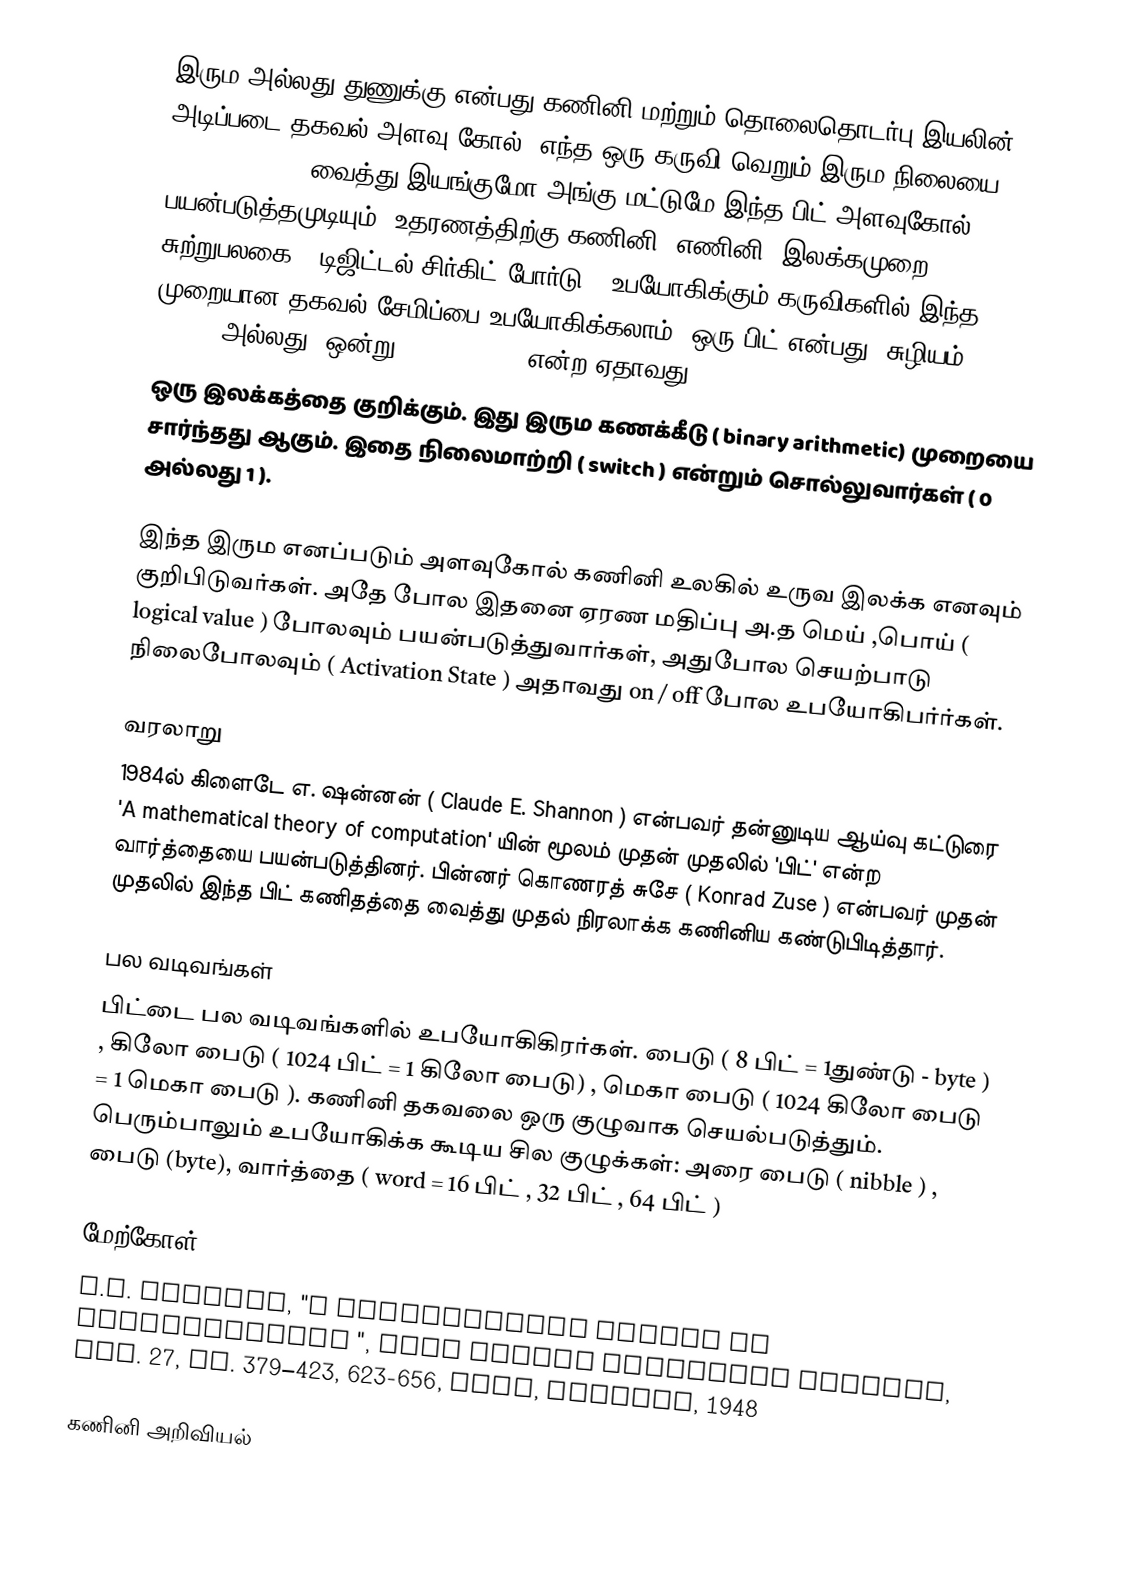
இரும அல்லது துணுக்கு என்பது கணினி மற்றும் தொலைதொடர்பு  இயலின் அடிப்படை தகவல் அளவு கோல். எந்த ஒரு கருவி வெறும் இரும நிலையை (binary state) வைத்து இயங்குமோ அங்கு மட்டுமே இந்த பிட் அளவுகோல் பயன்படுத்தமுடியும். உதரணத்திற்கு கணினி, எணினி, இலக்கமுறை சுற்றுபலகை ( டிஜிட்டல் சிர்கிட் போர்டு ) உபயோகிக்கும் கருவிகளில் இந்த முறையான தகவல் சேமிப்பை உபயோகிக்கலாம். ஒரு பிட் என்பது  'சுழியம்' ( 0 - zero ) அல்லது 'ஒன்று' ( 1 - one ) என்ற ஏதாவது
ஒரு இலக்கத்தை குறிக்கும். இது இரும கணக்கீடு ( binary arithmetic) முறையை சார்ந்தது ஆகும். இதை நிலைமாற்றி ( switch )  என்றும் சொல்லுவார்கள் ( 0 அல்லது 1 ).

இந்த இரும எனப்படும் அளவுகோல் கணினி உலகில் உருவ இலக்க எனவும் குறிபிடுவர்கள். அதே போல இதனை ஏரண மதிப்பு  அ.த மெய் ,பொய்  ( logical value )  போலவும்  பயன்படுத்துவார்கள், அதுபோல செயற்பாடு நிலைபோலவும் ( Activation State ) அதாவது  on / off  போல உபயோகிபர்ர்கள்.

வரலாறு
1984ல் கிளைடே எ. ஷன்னன் ( Claude E. Shannon  ) என்பவர் தன்னுடிய ஆய்வு கட்டுரை 'A mathematical theory of computation' யின் மூலம் முதன் முதலில் 'பிட்' என்ற வார்த்தையை  பயன்படுத்தினர். பின்னர் கொணரத் சுசே ( Konrad Zuse ) என்பவர் முதன் முதலில் இந்த பிட் கணிதத்தை வைத்து முதல் நிரலாக்க கணினிய கண்டுபிடித்தார்.

பல வடிவங்கள்
பிட்டை பல வடிவங்களில் உபயோகிகிரர்கள். பைடு  ( 8 பிட் = 1துண்டு - byte  ) , கிலோ பைடு ( 1024 பிட் = 1 கிலோ பைடு) , மெகா பைடு ( 1024 கிலோ பைடு  = 1 மெகா பைடு ). கணினி தகவலை ஒரு குழுவாக செயல்படுத்தும்.  பெரும்பாலும் உபயோகிக்க கூடிய சில குழுக்கள்: அரை பைடு ( nibble ) , பைடு (byte),   வார்த்தை ( word = 16 பிட் , 32 பிட் , 64 பிட்  )

மேற்கோள்
 C.E. Shannon, "A Mathematical Theory of Communication ", Bell System Technical Journal, vol. 27, pp. 379–423, 623-656, July, October, 1948

கணினி அறிவியல்